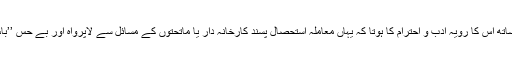
روایتی ٹریڈ یونین کے برعکس ــ ’’انتظامیہ کے ساتھ اس کا رویہ ادب و احترام کا ہوتا کہ یہاں معاملہ استحصال پسند کارخانہ دار یا ماتحتوں کے مسائل سے لاپرواہ اور بے حس ’’باس‘‘ کی بجائے شفیق و محترم اساتذہ سے ہوتا تھا۔